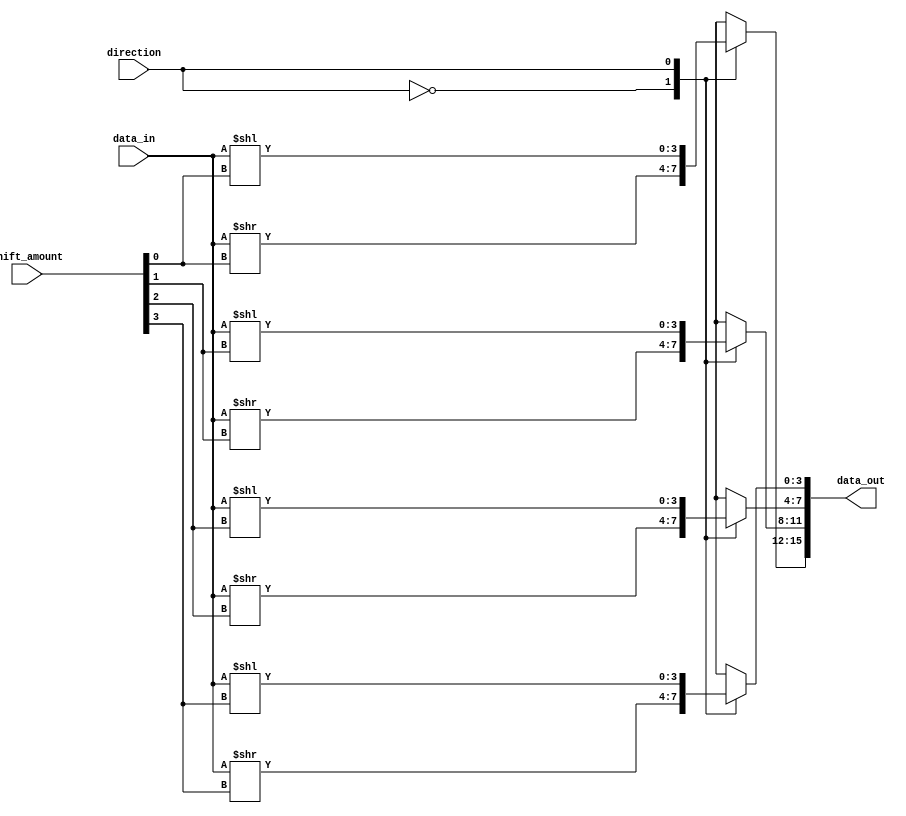
module Barrel_Shifter (
    input [15:0] data_in,
    input [3:0] shift_amount,
    input direction,
    output reg [15:0] data_out
);

reg [3:0] segment[3:0];

always @(*) begin
    case (direction)
        0: begin // Right shift
            segment[0] = data_in >> shift_amount[0];
            segment[1] = data_in >> shift_amount[1];
            segment[2] = data_in >> shift_amount[2];
            segment[3] = data_in >> shift_amount[3];
        end
        1: begin // Left shift
            segment[0] = data_in << shift_amount[0];
            segment[1] = data_in << shift_amount[1];
            segment[2] = data_in << shift_amount[2];
            segment[3] = data_in << shift_amount[3];
        end
    endcase
end

assign data_out = {segment[0], segment[1], segment[2], segment[3]};

endmodule